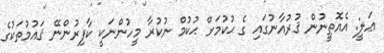
ޢަލީ: އެއޮތީނުން ޤުރުއާނުގައި ގެ ޙުކުމަށް ޙުކުމް ނުކުރާ މީހުންނަކީ ކާފިރުންނޭ ޤައުމުތަކުގެ